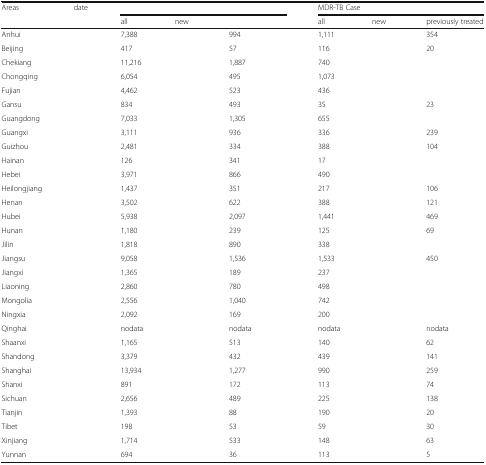
<table><thead><tr><td rowspan="2"><b>Areas</b></td><td rowspan="2"><b>date</b></td><td colspan="3">[EMPTY_CELL]</td><td colspan="3"><b>MDR-TB Case</b></td></tr><tr><td><b>all</b></td><td><b>new</b></td><td>[EMPTY_CELL]</td><td><b>all</b></td><td><b>new</b></td><td><b>previously treated</b></td></tr></thead><tbody><tr><td>Anhui</td><td>[EMPTY_CELL]</td><td>7,388</td><td>[EMPTY_CELL]</td><td>994</td><td>1,111</td><td>[EMPTY_CELL]</td><td>354</td></tr><tr><td>Beijing</td><td>[EMPTY_CELL]</td><td>417</td><td>[EMPTY_CELL]</td><td>57</td><td>116</td><td>[EMPTY_CELL]</td><td>20</td></tr><tr><td>Chekiang</td><td>[EMPTY_CELL]</td><td>11,216</td><td>[EMPTY_CELL]</td><td>1,887</td><td>740</td><td>[EMPTY_CELL]</td><td>[EMPTY_CELL]</td></tr><tr><td>Chongqing</td><td>[EMPTY_CELL]</td><td>6,054</td><td>[EMPTY_CELL]</td><td>495</td><td>1,073</td><td>[EMPTY_CELL]</td><td>[EMPTY_CELL]</td></tr><tr><td>Fujian</td><td>[EMPTY_CELL]</td><td>4,462</td><td>[EMPTY_CELL]</td><td>523</td><td>436</td><td>[EMPTY_CELL]</td><td>[EMPTY_CELL]</td></tr><tr><td>Gansu</td><td>[EMPTY_CELL]</td><td>834</td><td>[EMPTY_CELL]</td><td>493</td><td>35</td><td>[EMPTY_CELL]</td><td>23</td></tr><tr><td>Guangdong</td><td>[EMPTY_CELL]</td><td>7,033</td><td>[EMPTY_CELL]</td><td>1,305</td><td>655</td><td>[EMPTY_CELL]</td><td>[EMPTY_CELL]</td></tr><tr><td>Guangxi</td><td>[EMPTY_CELL]</td><td>3,111</td><td>[EMPTY_CELL]</td><td>936</td><td>336</td><td>[EMPTY_CELL]</td><td>239</td></tr><tr><td>Guizhou</td><td>[EMPTY_CELL]</td><td>2,481</td><td>[EMPTY_CELL]</td><td>334</td><td>388</td><td>[EMPTY_CELL]</td><td>104</td></tr><tr><td>Hainan</td><td>[EMPTY_CELL]</td><td>126</td><td>[EMPTY_CELL]</td><td>341</td><td>17</td><td>[EMPTY_CELL]</td><td>[EMPTY_CELL]</td></tr><tr><td>Hebei</td><td>[EMPTY_CELL]</td><td>3,971</td><td>[EMPTY_CELL]</td><td>866</td><td>490</td><td>[EMPTY_CELL]</td><td>[EMPTY_CELL]</td></tr><tr><td>Heilongjiang</td><td>[EMPTY_CELL]</td><td>1,437</td><td>[EMPTY_CELL]</td><td>351</td><td>217</td><td>[EMPTY_CELL]</td><td>106</td></tr><tr><td>Henan</td><td>[EMPTY_CELL]</td><td>3,502</td><td>[EMPTY_CELL]</td><td>622</td><td>388</td><td>[EMPTY_CELL]</td><td>121</td></tr><tr><td>Hubei</td><td>[EMPTY_CELL]</td><td>5,938</td><td>[EMPTY_CELL]</td><td>2,097</td><td>1,441</td><td>[EMPTY_CELL]</td><td>469</td></tr><tr><td>Hunan</td><td>[EMPTY_CELL]</td><td>1,180</td><td>[EMPTY_CELL]</td><td>239</td><td>125</td><td>[EMPTY_CELL]</td><td>69</td></tr><tr><td>Jilin</td><td>[EMPTY_CELL]</td><td>1,818</td><td>[EMPTY_CELL]</td><td>890</td><td>338</td><td>[EMPTY_CELL]</td><td>[EMPTY_CELL]</td></tr><tr><td>Jiangsu</td><td>[EMPTY_CELL]</td><td>9,058</td><td>[EMPTY_CELL]</td><td>1,536</td><td>1,533</td><td>[EMPTY_CELL]</td><td>450</td></tr><tr><td>Jiangxi</td><td>[EMPTY_CELL]</td><td>1,365</td><td>[EMPTY_CELL]</td><td>189</td><td>237</td><td>[EMPTY_CELL]</td><td>[EMPTY_CELL]</td></tr><tr><td>Liaoning</td><td>[EMPTY_CELL]</td><td>2,860</td><td>[EMPTY_CELL]</td><td>780</td><td>498</td><td>[EMPTY_CELL]</td><td>[EMPTY_CELL]</td></tr><tr><td>Mongolia</td><td>[EMPTY_CELL]</td><td>2,556</td><td>[EMPTY_CELL]</td><td>1,040</td><td>742</td><td>[EMPTY_CELL]</td><td>[EMPTY_CELL]</td></tr><tr><td>Ningxia</td><td>[EMPTY_CELL]</td><td>2,092</td><td>[EMPTY_CELL]</td><td>169</td><td>200</td><td>[EMPTY_CELL]</td><td>[EMPTY_CELL]</td></tr><tr><td>Qinghai</td><td>[EMPTY_CELL]</td><td>nodata</td><td>[EMPTY_CELL]</td><td>nodata</td><td>nodata</td><td>[EMPTY_CELL]</td><td>nodata</td></tr><tr><td>Shaanxi</td><td>[EMPTY_CELL]</td><td>1,165</td><td>[EMPTY_CELL]</td><td>513</td><td>140</td><td>[EMPTY_CELL]</td><td>62</td></tr><tr><td>Shandong</td><td>[EMPTY_CELL]</td><td>3,379</td><td>[EMPTY_CELL]</td><td>432</td><td>439</td><td>[EMPTY_CELL]</td><td>141</td></tr><tr><td>Shanghai</td><td>[EMPTY_CELL]</td><td>13,934</td><td>[EMPTY_CELL]</td><td>1,277</td><td>990</td><td>[EMPTY_CELL]</td><td>259</td></tr><tr><td>Shanxi</td><td>[EMPTY_CELL]</td><td>891</td><td>[EMPTY_CELL]</td><td>172</td><td>113</td><td>[EMPTY_CELL]</td><td>74</td></tr><tr><td>Sichuan</td><td>[EMPTY_CELL]</td><td>2,656</td><td>[EMPTY_CELL]</td><td>489</td><td>225</td><td>[EMPTY_CELL]</td><td>138</td></tr><tr><td>Tianjin</td><td>[EMPTY_CELL]</td><td>1,393</td><td>[EMPTY_CELL]</td><td>88</td><td>190</td><td>[EMPTY_CELL]</td><td>20</td></tr><tr><td>Tibet</td><td>[EMPTY_CELL]</td><td>198</td><td>[EMPTY_CELL]</td><td>53</td><td>59</td><td>[EMPTY_CELL]</td><td>30</td></tr><tr><td>Xinjiang</td><td>[EMPTY_CELL]</td><td>1,714</td><td>[EMPTY_CELL]</td><td>533</td><td>148</td><td>[EMPTY_CELL]</td><td>63</td></tr><tr><td>Yunnan</td><td>[EMPTY_CELL]</td><td>694</td><td>[EMPTY_CELL]</td><td>36</td><td>113</td><td>[EMPTY_CELL]</td><td>5</td></tr></tbody></table>